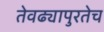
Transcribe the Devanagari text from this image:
तेवढ्यापुरतेच